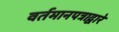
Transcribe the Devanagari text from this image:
वर्तमानपत्राद्वारे